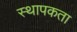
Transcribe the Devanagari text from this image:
स्थापकता